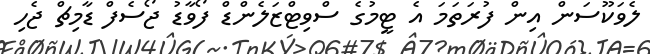
ލެވަކޫސަން އިން ފުރަތަމަ އެ ޓީމުގެ ސްވިޓްޒަލެންޑް ފޯވާޑު ޖޯސެފް ޑާމިޗް ޖެހި